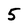
Character: 5